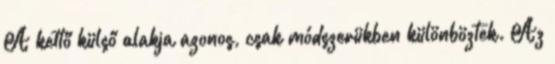
A kettő külső alakja azonos, csak módszerükben különböztek. Az